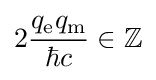
2{\frac {q_{\mathrm {e} }q_{\mathrm {m} }}{\hbar c}}\in \mathbb {Z}